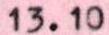
13.10